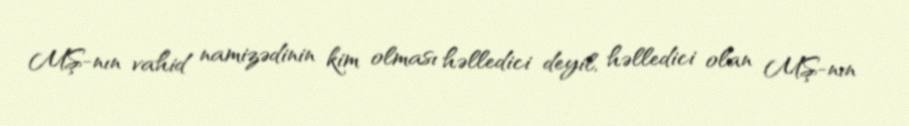
MŞ-nın vahid namizədinin kim olması həlledici deyil, həlledici olan MŞ-nın